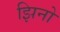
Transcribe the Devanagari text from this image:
झिनो